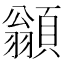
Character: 𩔚